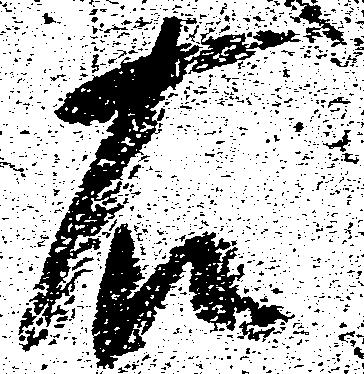
右